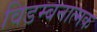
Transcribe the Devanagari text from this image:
विडम्बनात्मक